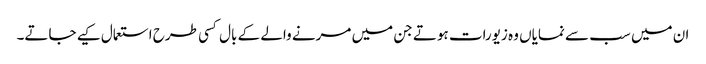
ان میں سب سے نمایاں وہ زیورات ہوتے جن میں مرنے والے کے بال کسی طرح استعمال کیے جاتے۔